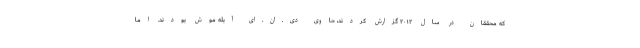
که محققان در سال ۲۰۱۲ گزارش کردند، حاوی دی.ان.ای آبله موش بودند. اما